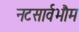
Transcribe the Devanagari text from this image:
नटसार्वभौम